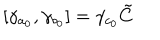
\left[ \gamma _ { a _ { 0 } } , \gamma _ { b _ { 0 } } \right] = \gamma _ { c _ { 0 } } \tilde { C }